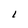
Character: l